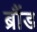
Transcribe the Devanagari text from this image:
ब्रौंड